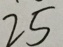
2 5